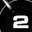
Digit: 2